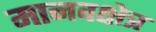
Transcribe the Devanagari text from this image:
मानवक्षेत्र